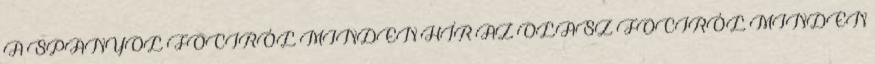
A SPANYOL FOCIRÓL MINDEN HÍR AZ OLASZ FOCIRÓL MINDEN